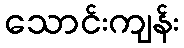
သောင်းကျန်း